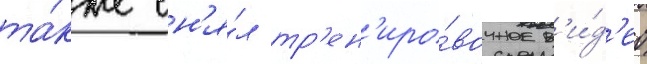
та́кже сн'я́л тр'ен'иро́вочное в'и́д'ео